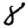
Digit: 8